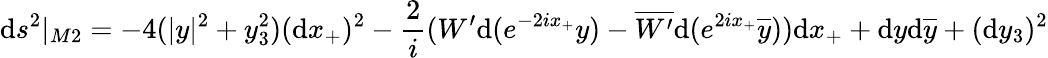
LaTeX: \mathrm{d}s^{2}|_{M2}=-4(|y|^{2}+y_{3}^{2})(\mathrm{d}x_{+})^{2}-{\frac{{2}}{{i}}}(W^{\prime}\mathrm{d}(e^{-2ix_{+}}y)-\overline{{{{W^{\prime}}}}}\mathrm{d}(e^{2ix_{+}}\overline{{{{y}}}}))\mathrm{d}x_{+}+\mathrm{d}y\mathrm{d}\overline{{{{y}}}}+(\mathrm{d}y_{3})^{2}